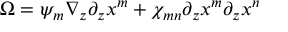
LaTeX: \Omega = \psi _ { m } \nabla _ { z } \partial _ { z } x ^ { m } + \chi _ { m n } \partial _ { z } x ^ { m } \partial _ { z } x ^ { n }